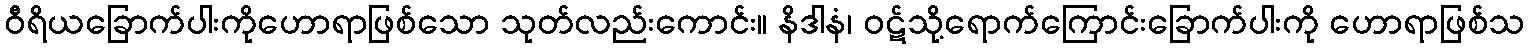
ဝီရိယခြောက်ပါးကိုဟောရာဖြစ်သော သုတ်လည်းကောင်း။ နိဒါနံ၊ ဝဋ်သို့ရောက်ကြောင်းခြောက်ပါးကို ဟောရာဖြစ်သ